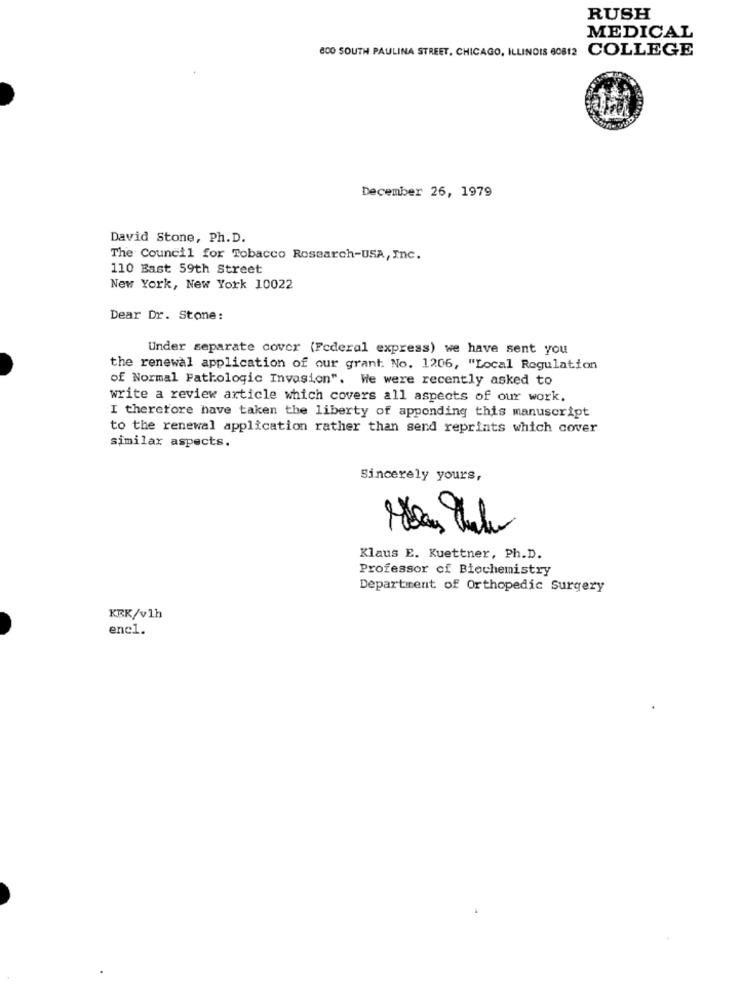
RUSH
MEDICAL
800 SOUTH PAULINA STREET, CHICAGO, ILLINOIS 60812 COLLEGE
December 26, 1979
David Stone, Ph.D.
The Council for Tobacco Rosearch-USA, Inc.
110 Bast 59th Street
New York, New York 10022
Dear Dr. Stone:
Under separate cover (Federal express) we have sent you
the renewal application of our grant: No. 1206, "Local Regulation
of Normal Pathologic Invasion". We were recently asked to
write a review article which covers all aspects of our work.
I therefore have taken the liberty of apponding this manuscript
to the renewal application rather than send reprints which cover
similar aspects.
Sincerely yours,
Klaus E. Kuettner, Ph.D.
Professor of Biochemistry
Department of Orthopedic Surgery
KEK/v1h
encl.